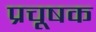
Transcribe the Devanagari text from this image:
प्रचूषक